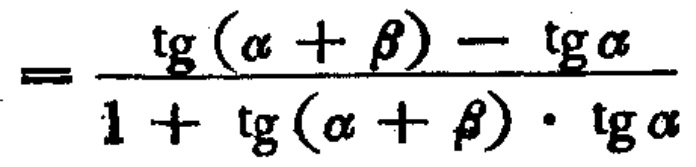
\[=\frac{\mathrm{tg}(\alpha+\beta)-\mathrm{tg}\alpha}{1 + \mathrm{tg}(\alpha+\beta)\cdot\mathrm{tg}\alpha}\]